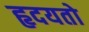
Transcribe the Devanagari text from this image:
हृदयतो